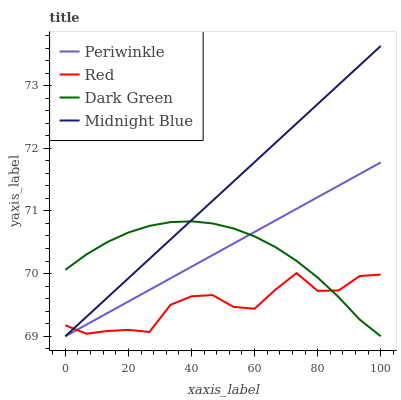
| xaxis_label | Periwinkle | Red | Dark Green | Midnight Blue |
 | --- | --- | --- | --- | --- |
 | 0 | 69 | 69.2 | 70.1 | 69 |
 | 6.67 | 69.2 | 69 | 70.3 | 69.3 |
 | 13.3 | 69.4 | 69.1 | 70.5 | 69.6 |
 | 20 | 69.6 | 69.1 | 70.7 | 69.9 |
 | 26.7 | 69.7 | 69.1 | 70.8 | 70.2 |
 | 33.3 | 69.9 | 69.5 | 70.8 | 70.5 |
 | 40 | 70.1 | 69.6 | 70.8 | 70.9 |
 | 46.7 | 70.3 | 69.7 | 70.8 | 71.2 |
 | 53.3 | 70.5 | 69.5 | 70.7 | 71.5 |
 | 60 | 70.7 | 69.4 | 70.6 | 71.8 |
 | 66.7 | 70.8 | 69.7 | 70.4 | 72.1 |
 | 73.3 | 71 | 70 | 70.2 | 72.4 |
 | 80 | 71.2 | 69.7 | 69.9 | 72.7 |
 | 86.7 | 71.4 | 69.7 | 69.6 | 73 |
 | 93.3 | 71.6 | 70 | 69.3 | 73.3 |
 | 100 | 71.8 | 70 | 69 | 73.6 |